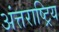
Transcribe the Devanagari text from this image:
अंत्तराष्ट्रिय